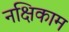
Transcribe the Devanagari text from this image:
नक्षिकाम